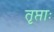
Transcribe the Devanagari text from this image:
तृप्ताः